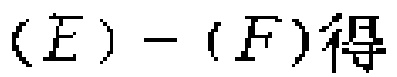
\((E)-(F)\)得